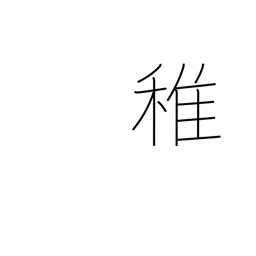
Meaning: immature